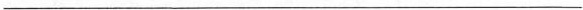
___